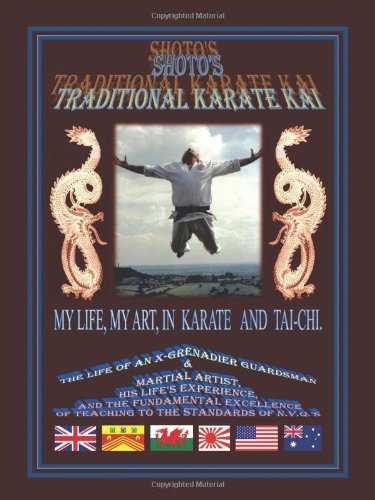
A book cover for Shoto's Traditional Karate Kai: My Life, My Art, In Karate And Tai-Chi; Gerald Griffiths; Teen & Young Adult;